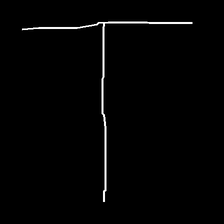
Glyph: column